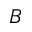
B